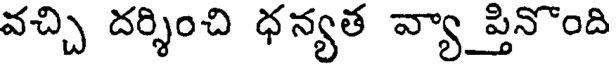
వచ్చి దర్శించి ధన్యత వ్యా ప్తినొంది